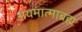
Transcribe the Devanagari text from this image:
अयमात्माब्रह्म